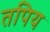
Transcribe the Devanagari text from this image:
तपिय